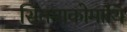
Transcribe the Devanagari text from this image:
सितमाकोमाथि